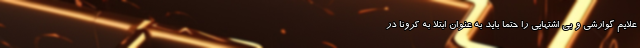
علایم گوارشی و بی اشتهایی را حتما باید به عنوان ابتلا به کرونا در